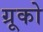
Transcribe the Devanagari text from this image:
ग्रूको